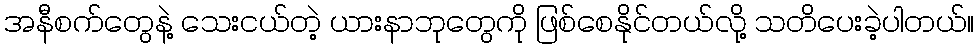
အနီစက်တွေနဲ့ သေးငယ်တဲ့ ယားနာဘုတွေကို ဖြစ်စေနိုင်တယ်လို့ သတိပေးခဲ့ပါတယ်။